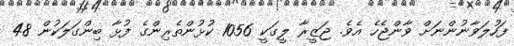
ފަހުލަވާނުންނަށް ވާންޖެހެ އެވެ. ޖަޒީރާ ލީގަކީ 1056 ކުޅުންތެރިންގެ ފުޅާ ބިންގަލަކުން 48